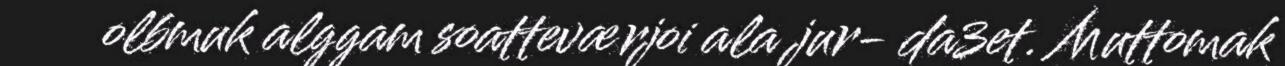
olbmuk alggam soatteværjoi ala jur- da3et. Muttomak